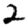
Digit: 2